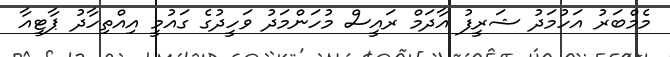
މެމްބަރު އަހުމަދު ޝަރީފު އާދަމް ރައީސް މުހަންމަދު ވަހީދުގެ ގައުމީ އިއްތިހާދު ޕާޓީއާ